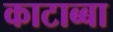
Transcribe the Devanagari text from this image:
काटाब्बा